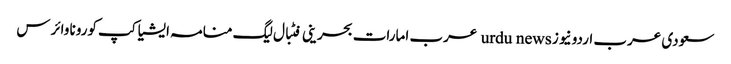
سعودی عرب اردو نیوز urdu news عرب امارات بحرینی فٹبال لیگ منامہ ایشیا کپ کورونا وائرس